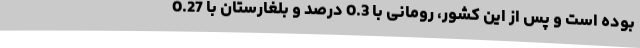
بوده است و پس از این کشور، رومانی با 0.3 درصد و بلغارستان با 0.27